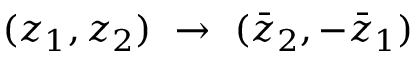
( z _ { 1 } , z _ { 2 } ) ~ \rightarrow ~ ( \bar { z } _ { 2 } , - \bar { z } _ { 1 } )